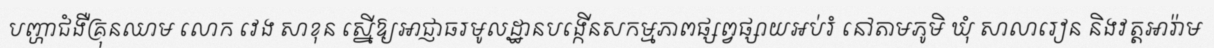
បញ្ហាជំងឺគ្រុនឈាម លោក វេង សាខុន ស្នើឱ្យអាជ្ញាធរមូលដ្ឋានបង្កើនសកម្មភាពផ្សព្វផ្សាយអប់រំ នៅតាមភូមិ ឃុំ សាលារៀន និងវត្តអារ៉ាម